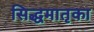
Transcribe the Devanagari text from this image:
सिद्धमातृका